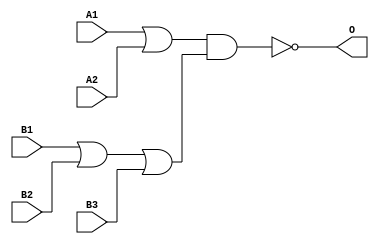
module JG23A(A1, A2, B1, B2, B3, O);
input   A1;
input   A2;
input   B1;
input   B2;
input   B3;
output  O;
or g0(w0, A1, A2);
or g1(w3, B1, B2, B3);
nand g2(O, w0, w3);
endmodule